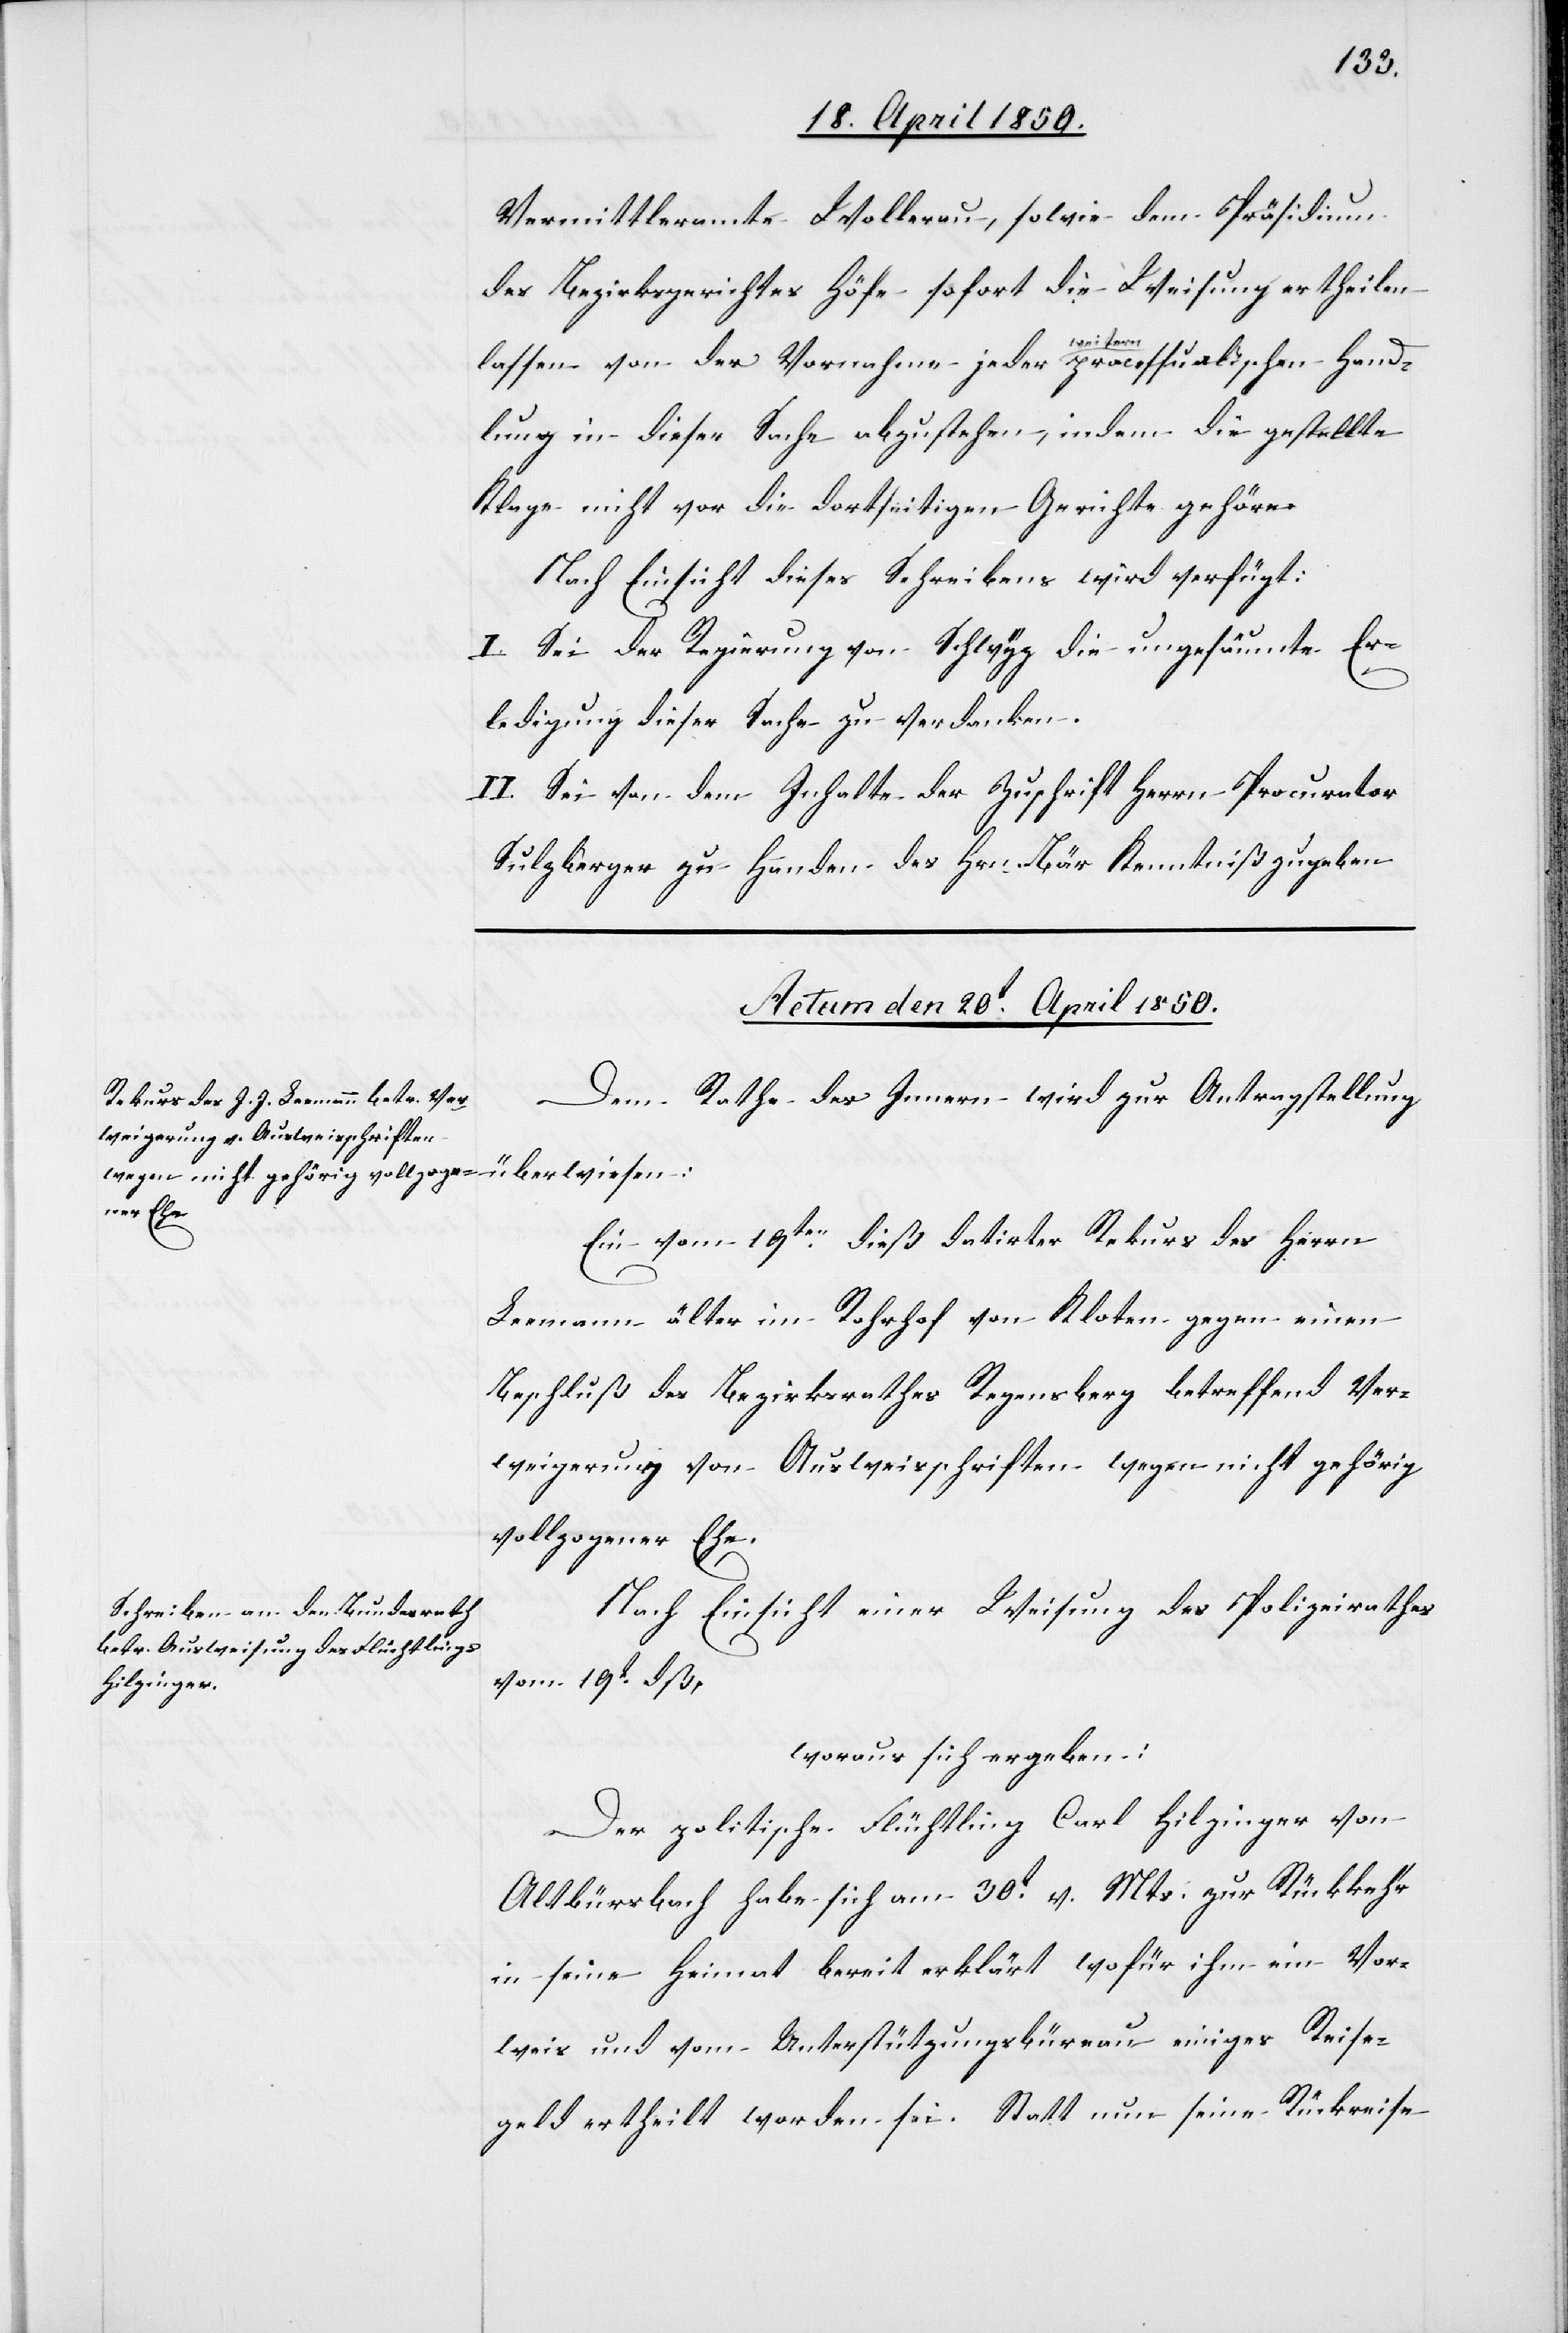
Vermittleramte Wollerau, sowie dem Präsidium
des Bezirksgerichtes Höfe sofort die Weisung ertheilen
lassen von der Vornahme jeder weitern processualischen Hand¬
lung in dieser Sache abzustehen, indem die gestellte
Klage nicht vor die dortseitigen Gerichte gehöre.
Nach Einsicht dieses Schreibens wird verfügt:
I. Sei der Regierung von Schwyz die ungesäumte Er¬
ledigung dieser Sache zu verdanken.
II. Sei von dem Inhalte der Zuschrift Herrn Procurator
Sulzberger zu Handen des Hrn. Bär Kenntniß zu geben.
Actum den 20t April 1850.]
Dem Rathe des Innern wird zur Antragstellung
Ein vom 19ten dieß datirter Rekurs des Herrn
Leemann älter im Rohrhof von Kloten gegen einen
Beschluß des Bezirksrathes Regensberg betreffend Ver¬
weigerung von Ausweisschriften wegen nicht gehörig
vollzogener Ehe.
Nach Einsicht einer Weisung des Polizeirathes
vom 19t dß,
woraus sich ergeben:
Der politische Flüchtling Carl Hilzinger von
Altbürsbach habe sich am 30t v. Mts. zur Rückkehr
in seine Heimat bereit erklärt wofür ihm ein Vor¬
weis und vom Unterstützungsbüreau einiges Reise¬
geld ertheilt worden sei. Statt nun seine Rückreise